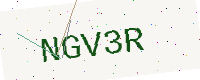
Text: NGV3R